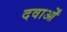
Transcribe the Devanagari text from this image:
दवाओँ